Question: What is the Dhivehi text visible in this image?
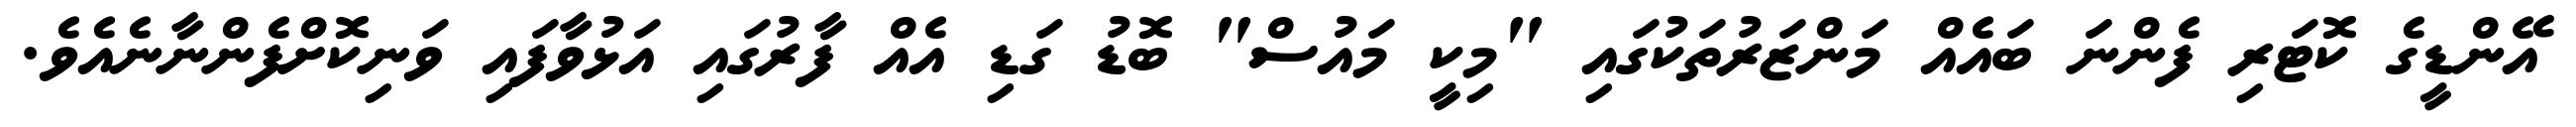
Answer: އޭންޑީގެ ކޮޓަރި ފެންނަ ބައެއް މަންޒަރުތަކުގައި "މިކީ މައުސް" ބޮޑު ގަޑި އެއް ފާރުގައި އަޅުވާފައި ވަނިކޮށްފެންނާނެއެވެ.